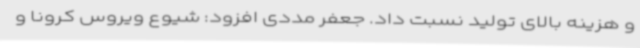
و هزینه بالای تولید نسبت داد. جعفر مددی افزود: شیوع ویروس کرونا و